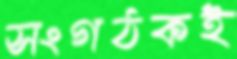
সংগঠকই